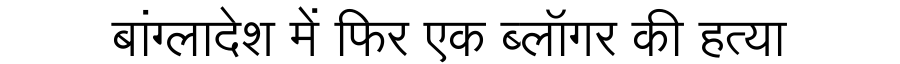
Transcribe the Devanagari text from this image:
बांग्लादेश में फिर एक ब्लॉगर की हत्या